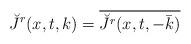
LaTeX: \begin{align*}\breve{J}^r(x,t,k)=\overline{\breve{J}^r(x,t,-\bar{k})}\end{align*}